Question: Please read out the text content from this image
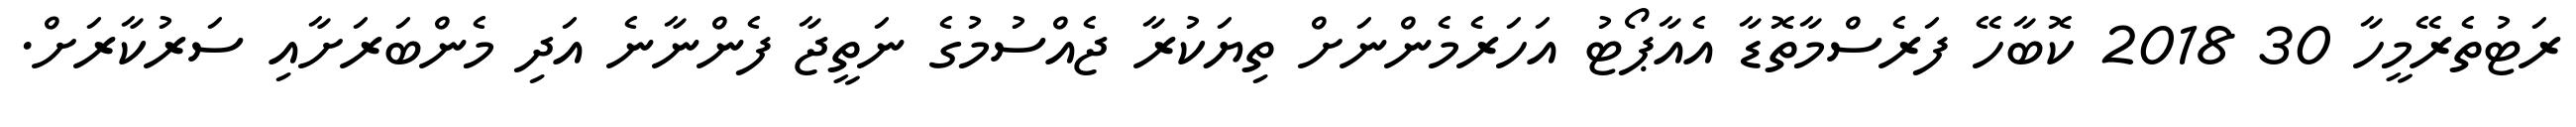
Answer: ރަޓުތެރޭމީހާ 30 2018 ކޮބާހޭ ފަރެސްމާތޮޑާ އެއާޕޯޓު އަހަރެމެންނަށް ތިޔަކުރާ ޖެއްސުމުގެ ނަތީޖާ ފެންނާނެ އަދި މެންބަރަށާއި ސަރުކާރަށް.